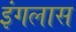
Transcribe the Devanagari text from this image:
इंगलास